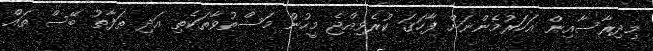
މިދިރާސާއިން އަހަރުމެންނަށް ފާހަގަ ކުރެވިއްޖެ މީހުން މަސްތުވާތަކެތި އަދި ތަފާތު ބޭސް ތައް